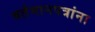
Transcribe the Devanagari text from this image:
वर्तमानपत्रांना